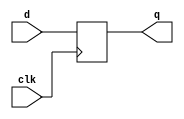
module net_dff #(parameter WIDTH=8, parameter BHC=10)
    (input wire [WIDTH-1:0] d,
    output reg [WIDTH-1:0] q,
    input wire clk);

always @ (posedge clk)
begin
    q <= d;
end

endmodule